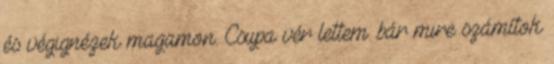
és végignézek magamon. Csupa vér lettem. bár mire számítok